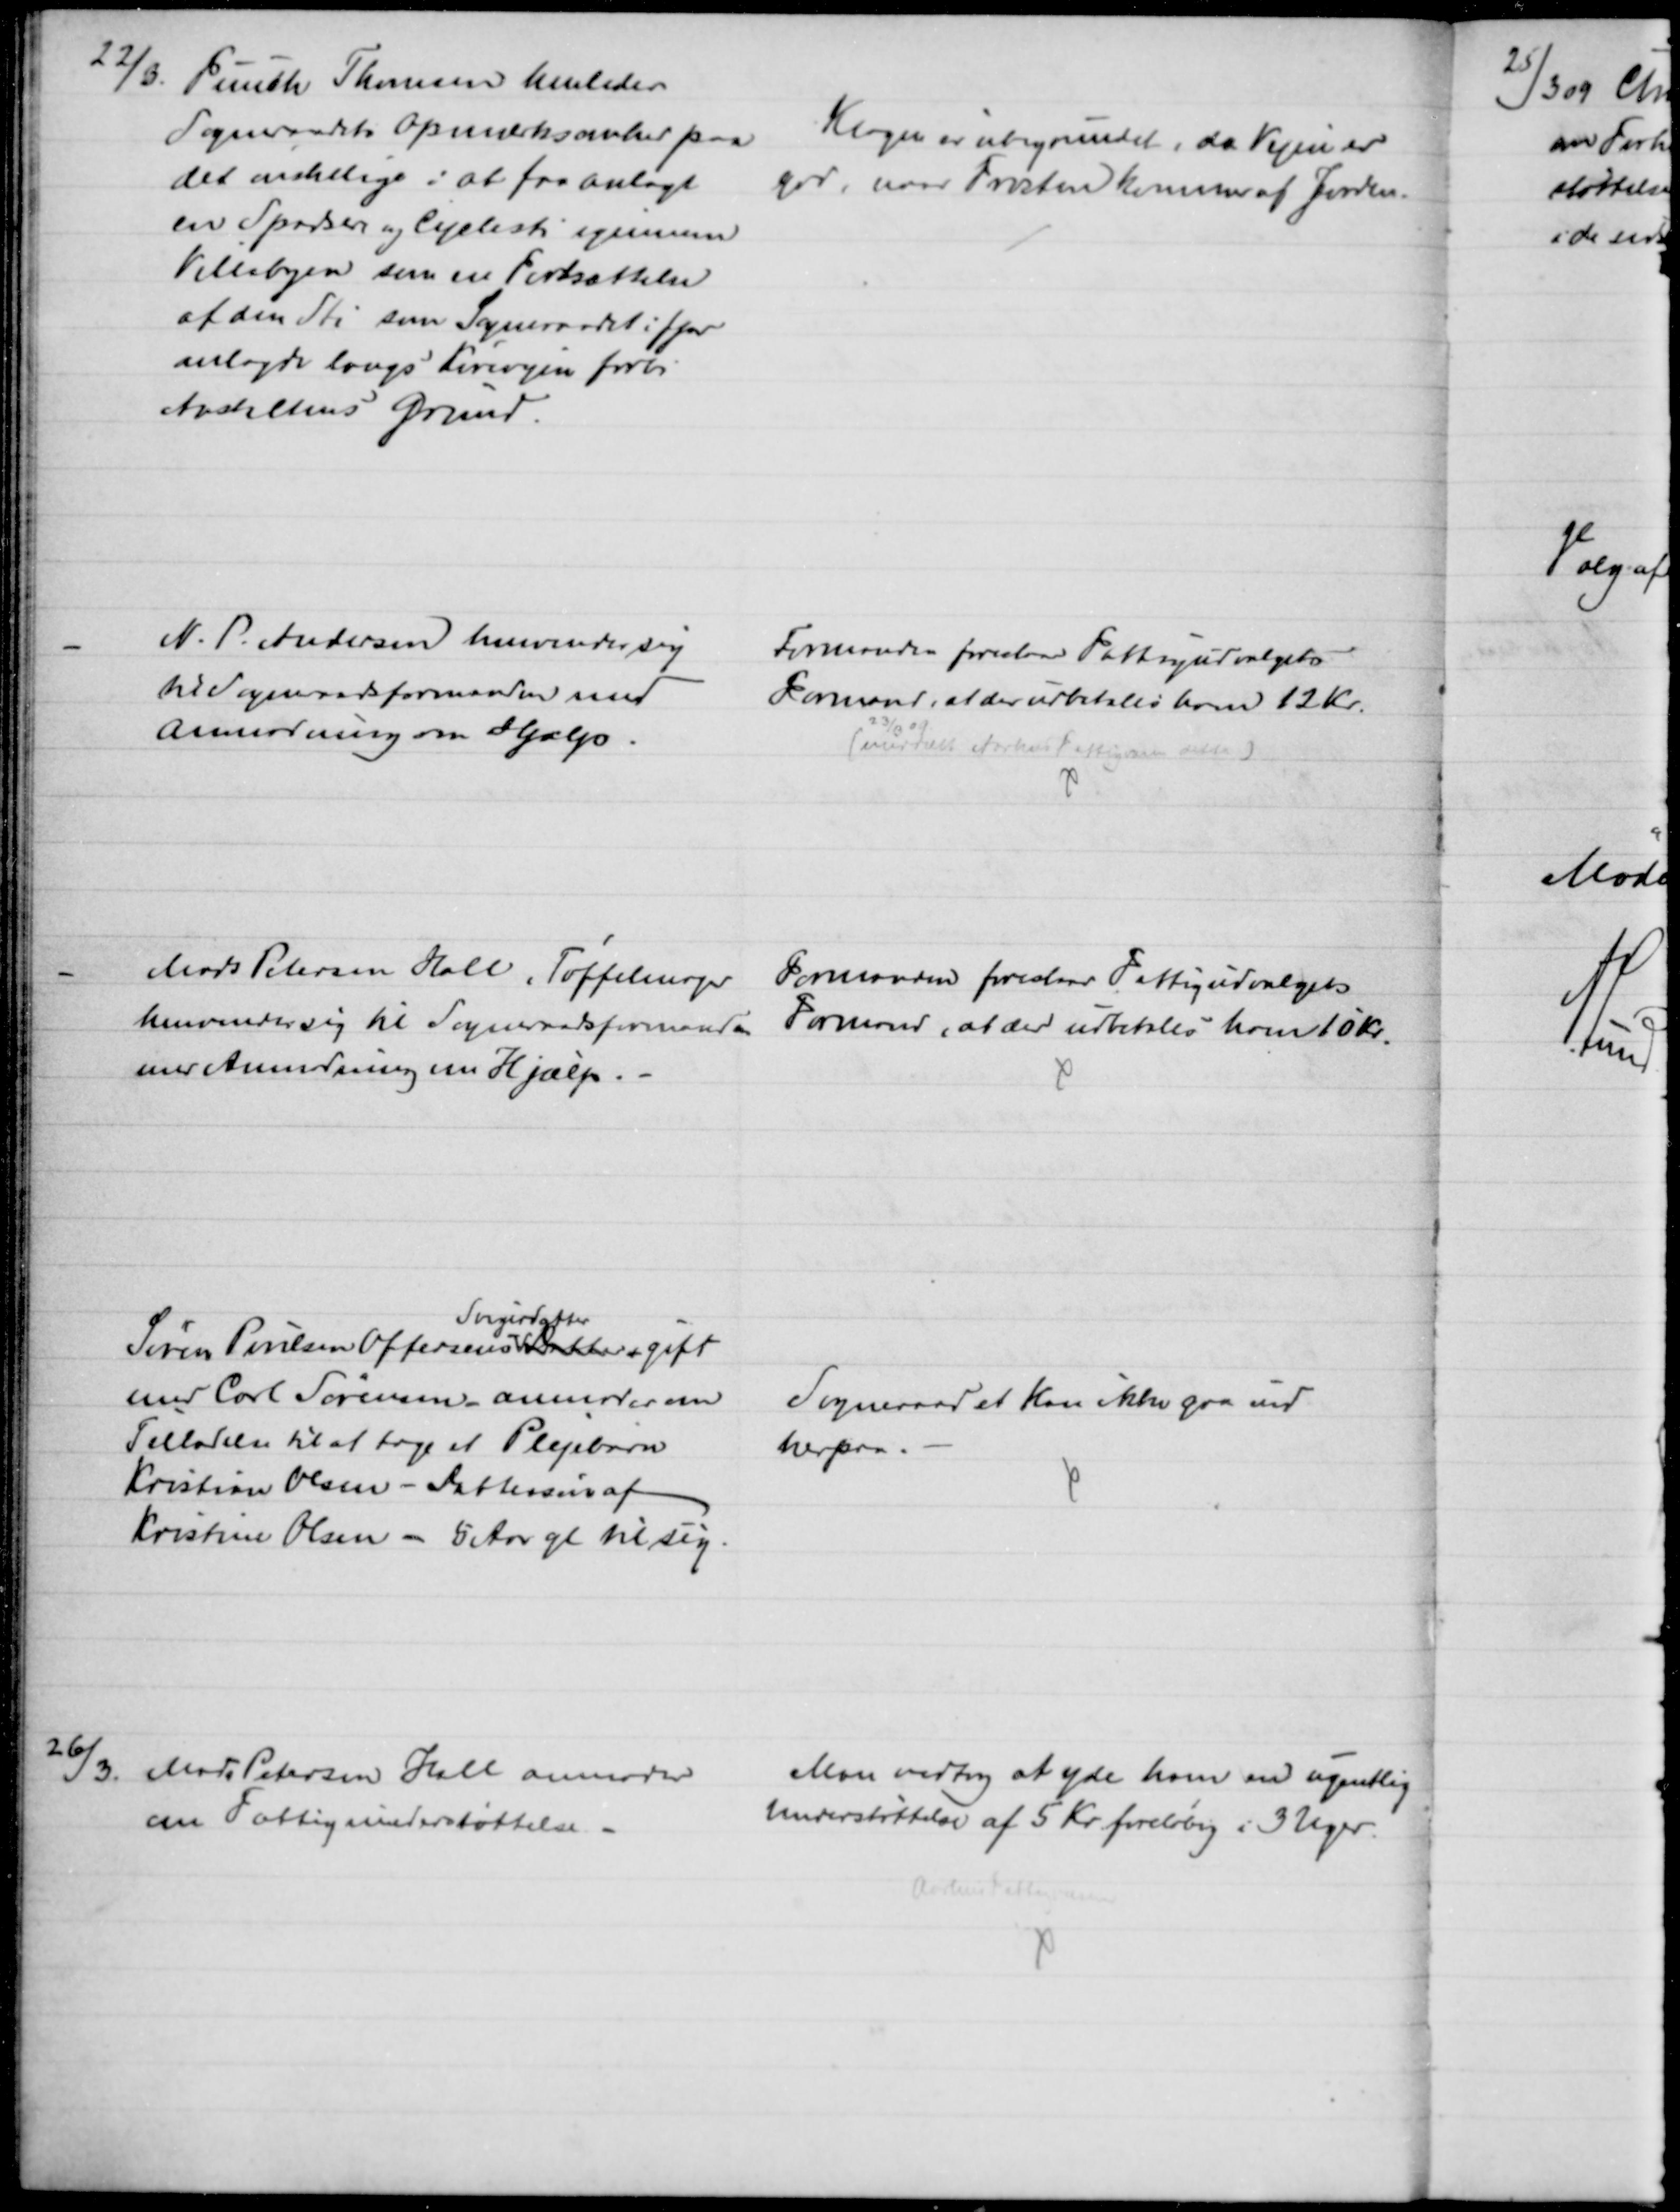
Transskription:
22/3
Funch Thomsen henleder
Sogneraadets Opmærksomhed paa
det ønskelige i at faa anlagt
en Spadsere og Cyclesti igennem
Villabyen som en Fortsættelse
af den Sti som Sogneraadet i fjor
anlagde langs Kørevejen forbi
Antaltens Grund.
Klagen er ubegrundet, da Vejen er
god, naar Frosten kommer af Jorden.
N. P. Andersen henvender sig
til Sogneraadsformanden med
anmodning om Hjælp.
Formanden foreslaar Fattigudvalgets
Formand, at der udbetales ham 12 Kr.
23/3 09
(meddelt Aarhus Fattigvæsen dette)
Mads Petersen Hall, Tøffelmager 
henvender sig til Sogneraadsformanden 
med Anmodning om Hjælp.
Formanden foreslaar Fattigudvalgets
Formand, at der udbetales ham 10 Kr.
Søren Poulsen Offersens 
Svigerdatter
Datter gift
med Carl Sørensen anmoder om
Tilladelse til at tage et Plejebarn
Kristian Olsen - Dattersøn af
Kirstine Olsen - 5 Aar gl til sig.
Sogneraadet kan ikke gaa ind
herpaa.
26/3.
Mads Petersen Hall anmoder
om Fattigunderstøttelse
Man vedtog at yde ham en ugentlig
Understøttelse af 5 Kr. foreløbig i 3 Uger.
Aarhus Fattigvæsen